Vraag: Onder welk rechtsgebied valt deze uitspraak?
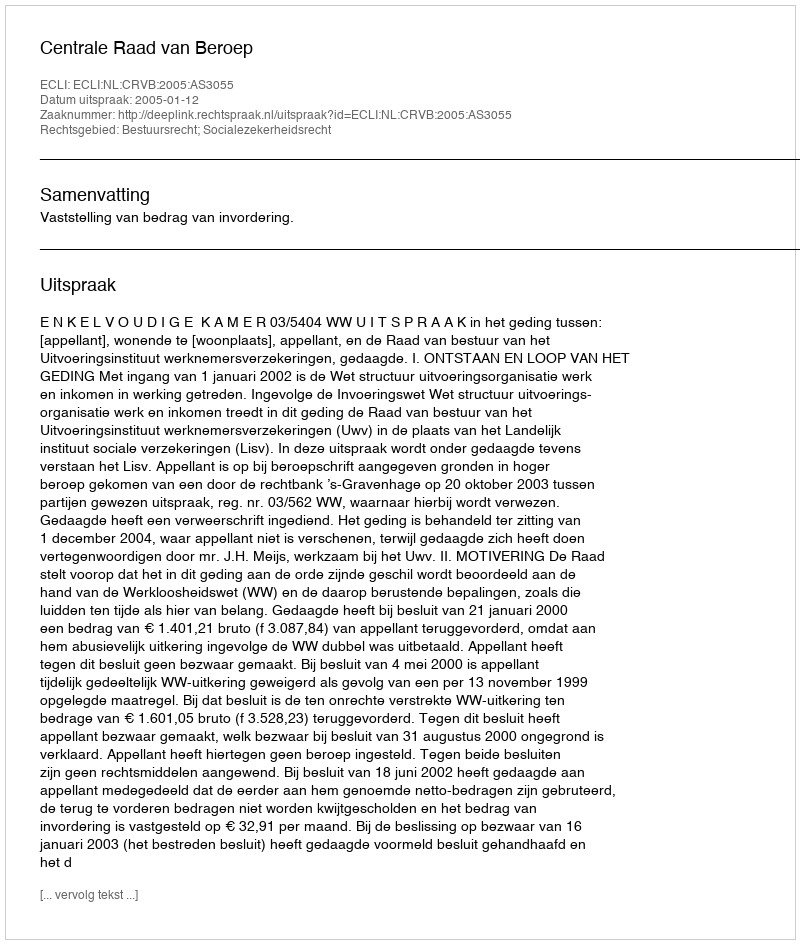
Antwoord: Bestuursrecht; Socialezekerheidsrecht